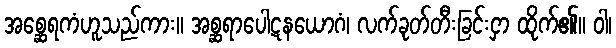
အစ္ဆေရကံဟူသည်ကား။ အစ္ဆရာပေါဋနယောဂံ၊ လက်ခုတ်တီးခြင်းငှာ ထိုက်၏။ ဝါ၊